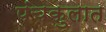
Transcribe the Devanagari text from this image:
पंचकुलात